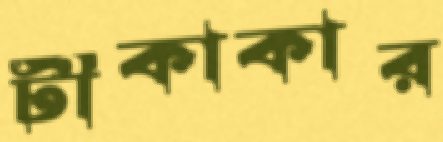
টীকাকার